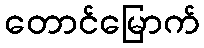
တောင်မြောက်